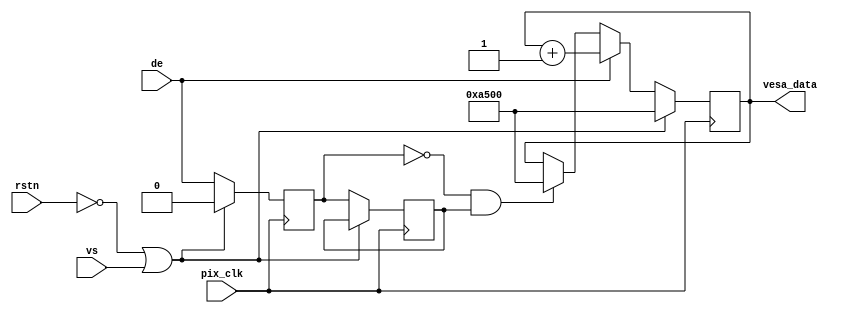
// This program was cloned from: https://github.com/flytt-away/FPGA-Video-Capture
// License: MIT License

module vesa_debug#(
parameter PIX_WIGHT = 16
)
(
input wire    pix_clk,
input wire    rstn,
input wire    vs,
input wire    de,
output reg [15 : 0]   vesa_data
);
reg de_d0;
reg de_d1;
wire de_pos;
wire de_neg;
assign de_pos_d0 = de && !de_d0;
assign de_neg = !de_d0 && de_d1;
always @(posedge pix_clk)begin
    if(!rstn||vs) begin
        vesa_data <= 16'hA500;
    end
    else if(de) begin
        vesa_data <= vesa_data + 'd1;
    end
    else if(de_neg) begin
        vesa_data <= 16'hA500;
    end
end
always @(posedge pix_clk)begin
    if(!rstn||vs) begin
        de_d0 <= 'd0;
    end
    else begin
        de_d0 <= de;
        de_d1 <= de_d0;
    end
end
endmodule